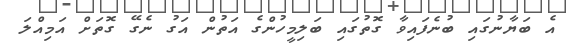
އެ ބަޔާނުގައި ބުނެފައިވާ ގޮތުގައި ބަލިމީހުންގެ އަތުން އަގު ނެގޭ ގޮތަށް އަމިއްލަ